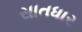
સાતધાર